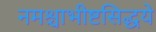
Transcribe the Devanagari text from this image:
नमश्चाभीष्टसिद्धये